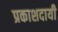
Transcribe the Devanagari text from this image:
प्रकाशदायी